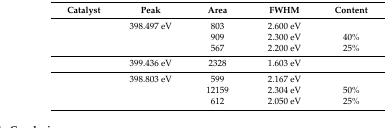
<table><thead><tr><td><b>Catalyst</b></td><td><b>Peak</b></td><td><b>Area</b></td><td><b>FWHM</b></td><td><b>Content</b></td></tr></thead><tbody><tr><td rowspan="3">[EMPTY_CELL]</td><td>398.497 eV</td><td>803</td><td>2.600 eV</td><td>[EMPTY_CELL]</td></tr><tr><td>[EMPTY_CELL]</td><td>909</td><td>2.300 eV</td><td>40%</td></tr><tr><td>[EMPTY_CELL]</td><td>567</td><td>2.200 eV</td><td>25%</td></tr><tr><td>[EMPTY_CELL]</td><td>399.436 eV</td><td>2328</td><td>1.603 eV</td><td>[EMPTY_CELL]</td></tr><tr><td rowspan="3">[EMPTY_CELL]</td><td>398.803 eV</td><td>599</td><td>2.167 eV</td><td>[EMPTY_CELL]</td></tr><tr><td>[EMPTY_CELL]</td><td>12159</td><td>2.304 eV</td><td>50%</td></tr><tr><td>[EMPTY_CELL]</td><td>612</td><td>2.050 eV</td><td>25%</td></tr></tbody></table>